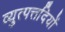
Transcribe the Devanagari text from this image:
व्युत्पत्तदियों